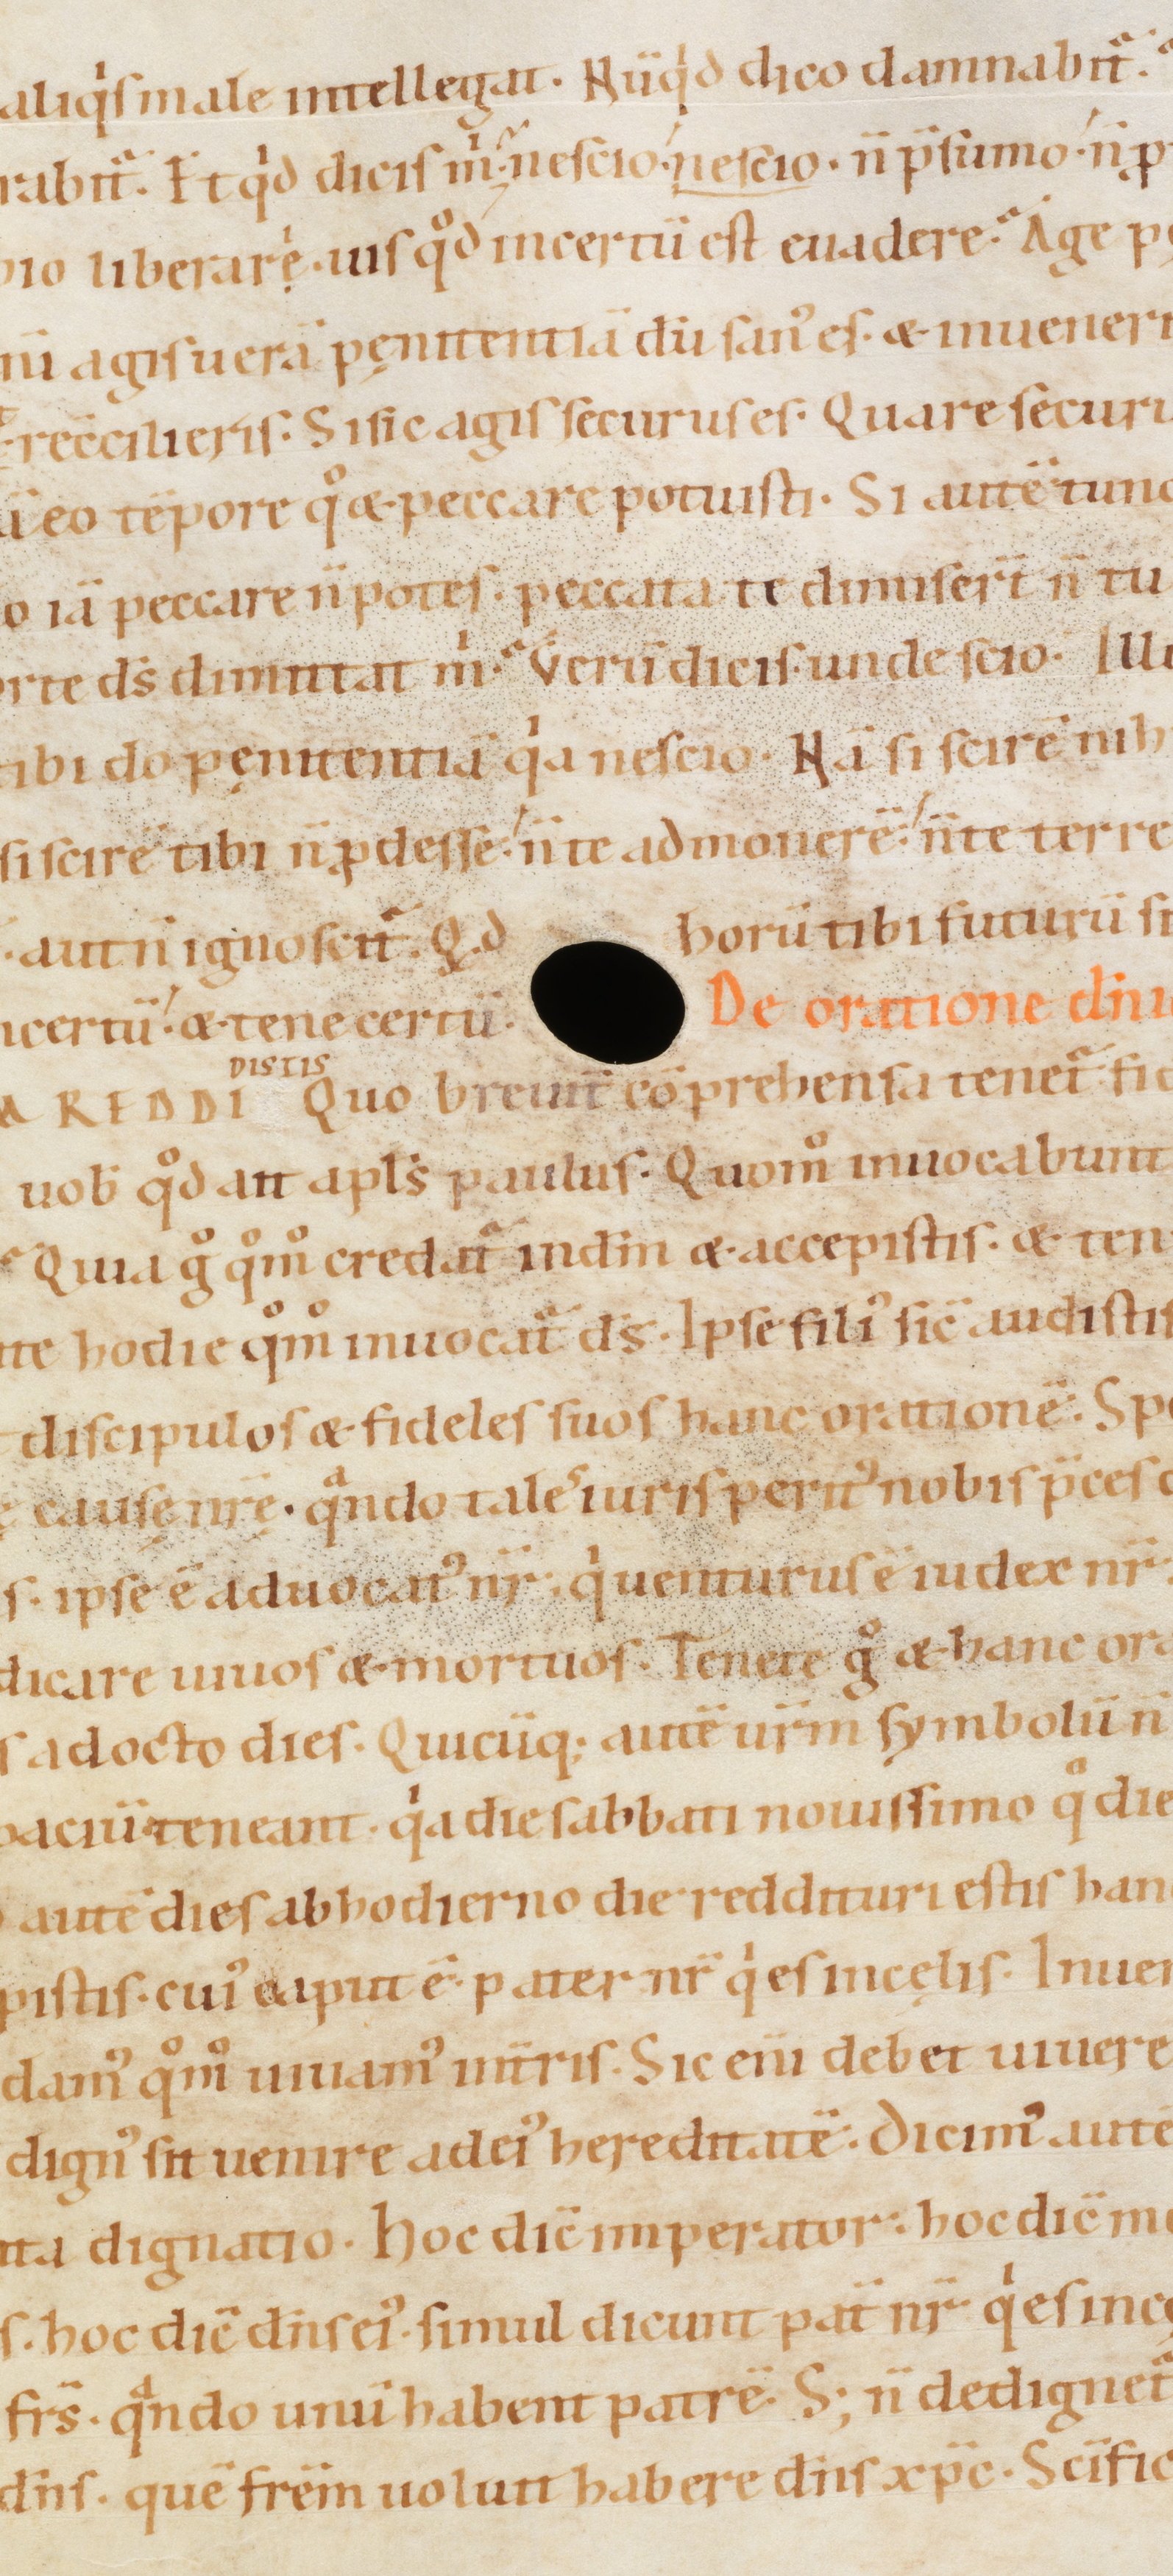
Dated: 1080–1096